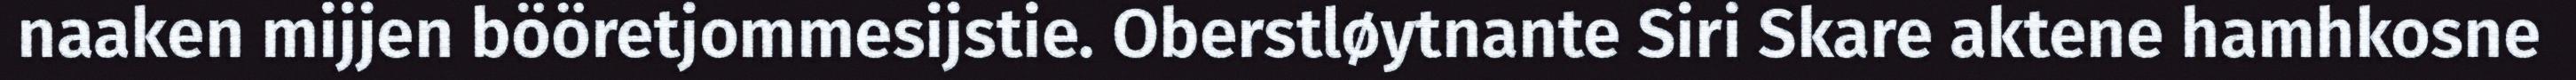
naaken mijjen bööretjommesijstie. Oberstløytnante Siri Skare aktene hamhkosne